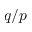
q / p